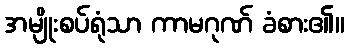
အမျိုးစပ်ရုံသာ ကာမဂုဏ် ခံစား၏။